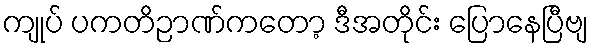
ကျုပ် ပကတိဉာဏ်ကတော့ ဒီအတိုင်း ပြောနေပြီဗျ